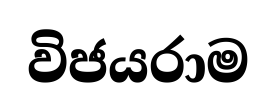
විජයරාම